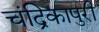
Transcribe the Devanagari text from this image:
चंद्रिकापुरी